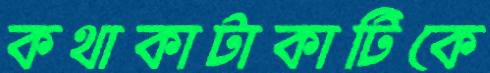
কথাকাটাকাটিকে